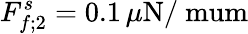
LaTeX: F_{f;2}^{s}=0.1\, \mu\mathrm{N/\ mum}